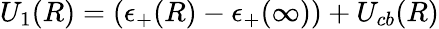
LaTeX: U_{1}(R)=(\epsilon_{+}(R)-\epsilon_{+}(\infty))+U_{cb}(R)